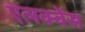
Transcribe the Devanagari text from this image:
एलक्वेंस